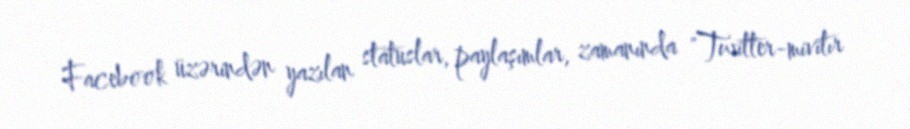
Facebook üzərindən yazılan statuslar, paylaşımlar, zamanında "Twitter-mivitır